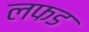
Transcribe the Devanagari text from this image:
लफड